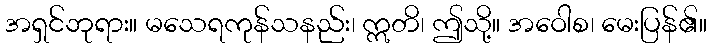
အရှင်ဘုရား။ မသေရကုန်သနည်း၊ ဣတိ၊ ဤသို့။ အဝေါစ၊ မေးပြန်၏။